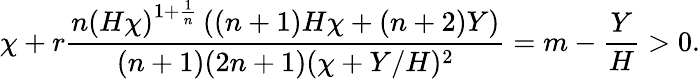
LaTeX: \chi+r\frac{\displaystyle{n\left(H\chi\right)^{1+\frac{1}{n}}\left((n+1)H\chi+(n+2)Y\right)}}{(n+1)(2n+1)(\chi+Y/H)^{2}}=m-\frac{Y}{H}>0.